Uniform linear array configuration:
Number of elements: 8
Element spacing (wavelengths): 0.25
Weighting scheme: cosine
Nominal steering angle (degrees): -15
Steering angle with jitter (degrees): -15.324
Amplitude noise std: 0.05
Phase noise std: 0.05

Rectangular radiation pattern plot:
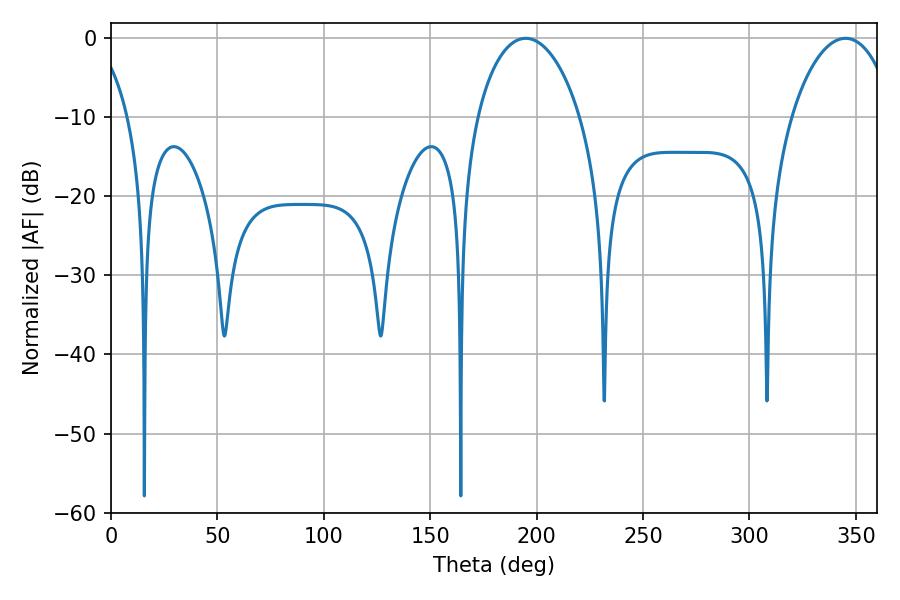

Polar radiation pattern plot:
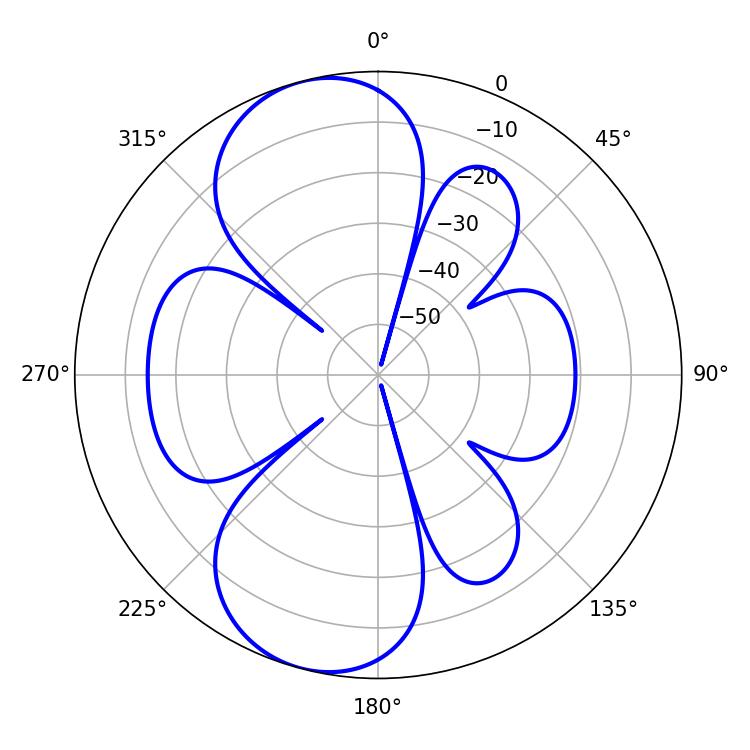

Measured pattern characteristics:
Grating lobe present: FALSE
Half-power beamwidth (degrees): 27.72
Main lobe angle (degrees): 194.94